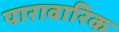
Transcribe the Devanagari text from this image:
पारावारिक